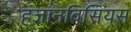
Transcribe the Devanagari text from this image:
हज़ानविसियस